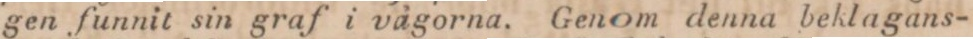
gen funnit sin graf i vågorna. Genom denna beklagans-